Annual report of the Imperial Bacteriologist
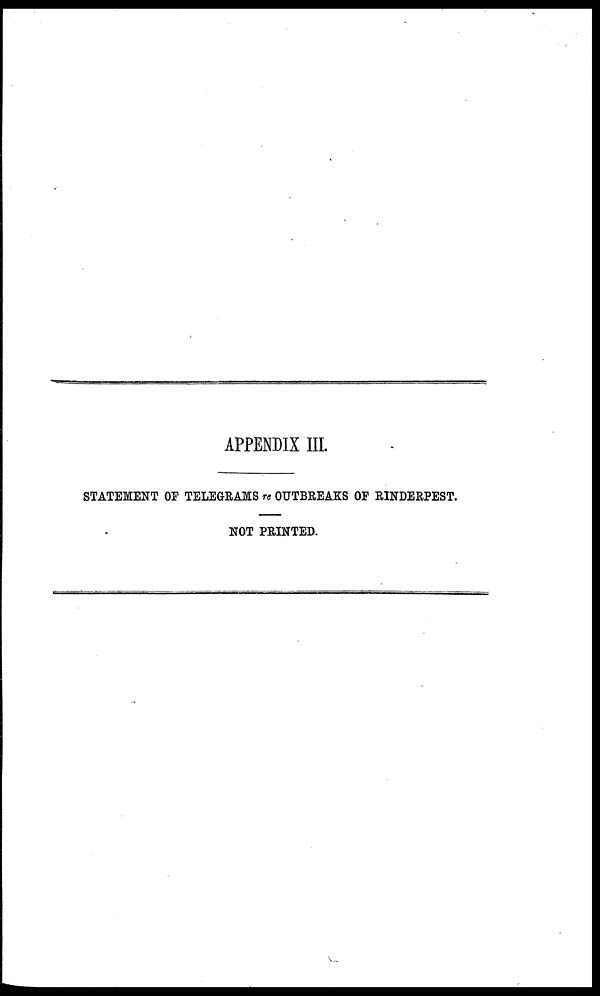
APPENDIX III.
STATEMENT OF TELEGRAMS re OUTBREAKS OF RINDERPEST.
NOT PRINTED.